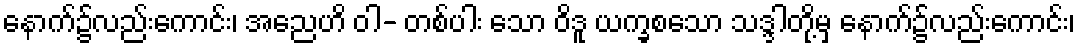
နောက်၌လည်းကောင်း၊ အညေဟိ ဝါ- တစ်ပါး သော ဝိဒူ ယက္ခစသော သဒ္ဒါတို့မှ နောက်၌လည်းကောင်း၊